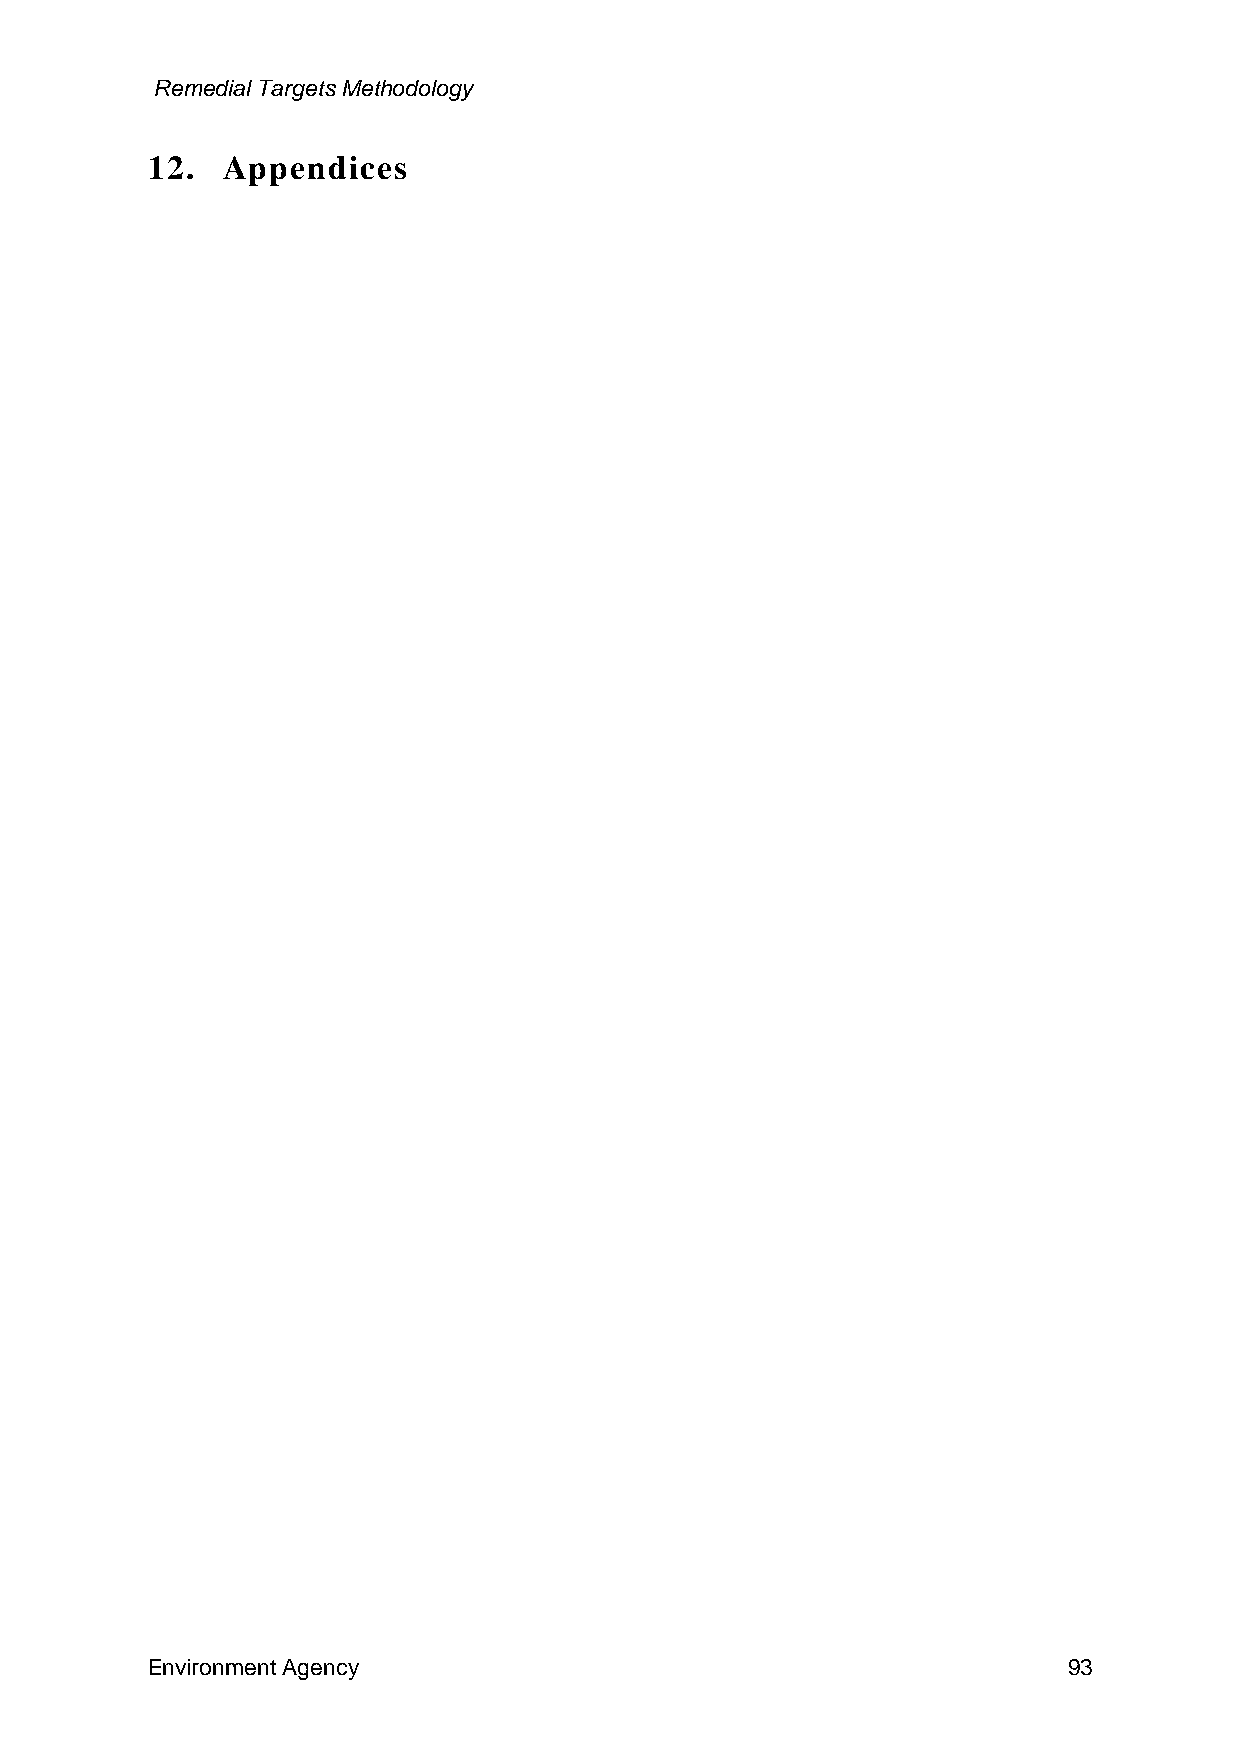
Remedial Targets Methodology
 12.  Appendices
 Environment Agency                                           93